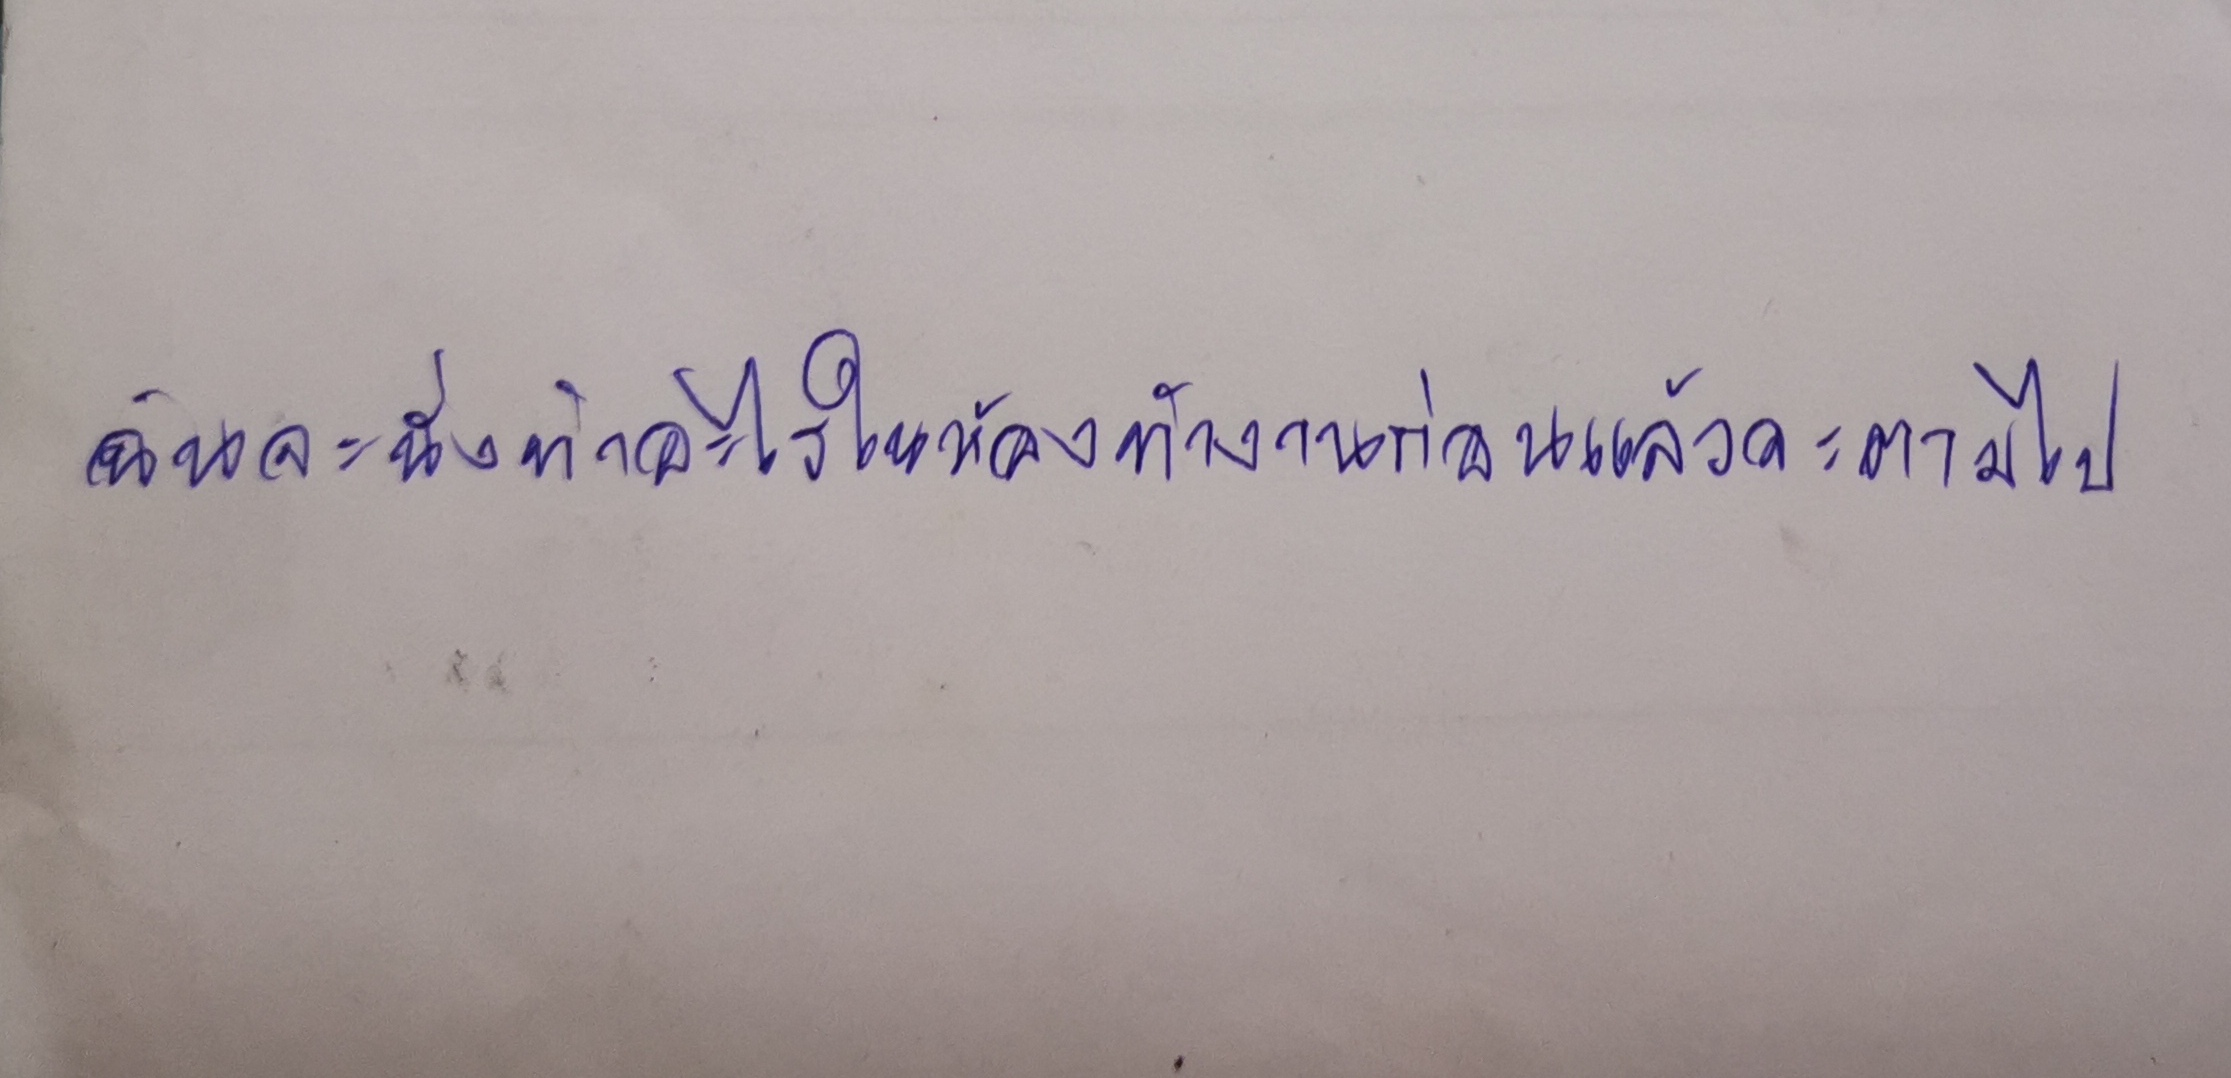
ฉันจะนั่งทำอะไรในห้องทำงานก่อนแล้วจะตามไป"